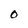
Character: O